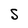
Character: S